Report of the Indian Hemp Drugs Commission, 1894-1895 - Volume VII
Year: 1894
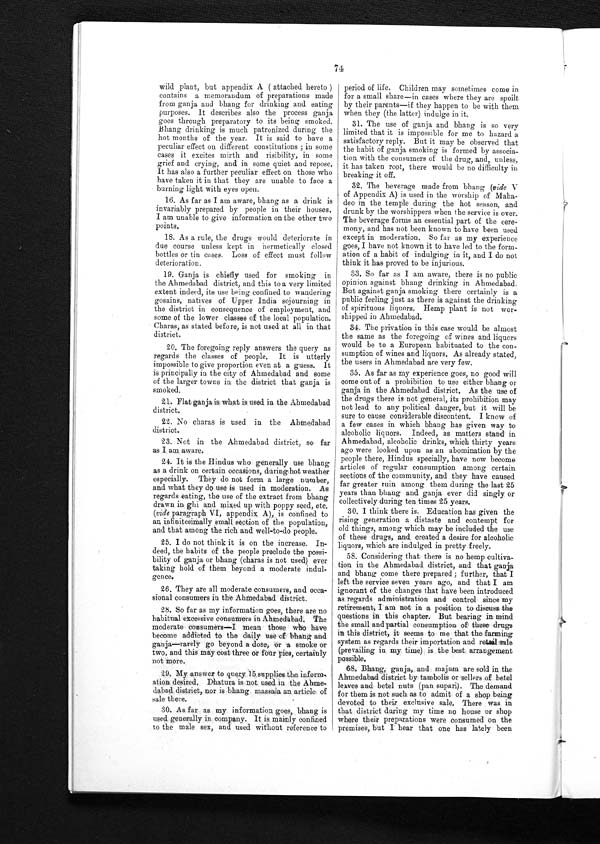
74
wild plant, but appendix A ( attached hereto )
contains a memorandum of preparations made
from ganja and bhang for drinking and eating
purposes. It describes also the process ganja
goes through preparatory to its being smoked.
Bhang drinking is much patronized during the
hot months of the year. It is said to have a
peculiar effect on different constitutions; in some
cases it excites mirth and risibility, in some
grief and crying, and in some quiet and repose.
It has also a further peculiar effect on those who
have taken it in that they are unable to face a
burning light with eyes open.
16. As far as I am aware, bhang as a drink is
invariably prepared by people in their houses.
I am unable to give information on the other two
points.
18. As a rule, the drugs would deteriorate in
due course unless kept in hermetically closed
bottles or tin cases. Loss of effect must follow
deterioration.
19. Ganja is chiefly used for smoking in
the Ahmedabad district, and this to a very limited
extent indeed, its use being confined to wandering
gosains, natives of Upper India sojourning in
the district in consequence of employment, and
some of the lower classes of the local population.
Charas, as stated before, is not used at all in that
district.
20.The foregoing reply answers the query as
regards the classes of people. It is utterly
impossible to give proportion even at a guess. It
is principally in the city of Ahmedabad and some
of the larger towns in the district that ganja is
smoked.
21. Flat ganja is what is used in the Ahmedabad
district.
22. No chums is used in the Ahmedabad
district.
23. Not in the Ahmedabad district, so far
as I am aware.
24. It is the Hindus who generally use bhang
as a drink on certain occasions, during hot weather
especially. They do not form a large number,
and what they do use is used in moderation, As
regards eating, the use of the extract from bhang
drawn in ghi and mixed up with poppy seed, etc.
(vide paragraph VI, appendix A), is confined to
an infinitesimally small section of the population,
and that among the rich and well-to-do people.
25. I do not think it is on the increase. In-
deed, the habits of the people preclude the possi-
bility of ganja or bhang (charas is not used) ever
taking hold of them beyond a moderate indul-
gence.
26. They are all moderate consumers, and occa
-sional consumers in the Ahmedabad district.
28. So far as my information goes, there are no
habitual excessive consumers in Ahmedabad. The
moderate consumers—I mean those who have
become addicted to the daily use of bhang and
ganja—rarely go beyond a dose, or a smoke or
two, and this may cost three or four pies, certainly
not more.
29. My answer to query 15 supplies the inform-
ation desired. Dhatura is not used in the Ahme-
dabad district, nor is bhang massala an article of
sale there.
30. As far as my information goes, bhang is
used generally company. It is mainly confined
to the male sex, and used without reference to
period of life. Children may sometimes come in
for a small share—in cases where they are spoilt
by their parents—if they happen to be with them
when they (the latter) indulge in it.
31. The use of ganja and bhang is so very
limited that it is impossible for me to hazard a
satisfactory reply. But it may be observed that
the habit of ganja smoking is formed by associa-
tion with the consumers of the drug, and, unless,
it has taken root, there would be no difficulty in
breaking it off.
32. The beverage made from bhang (vide V
of Appendix A) is used in the worship of Maha
-
deo in the temple during the hot season, and
drunk by the worshippers when the service is over.
The beverage forms an essential part of the cere-
mony, and has not been known to have been used
except in moderation. So far as my experience
goes, I have not known it to have led to the form
-ation of a habit of indulging in it, and I do not
think it has proved to be injurious.
33. So far as I am aware, there is no public
opinion against bhang drinking in Ahmedabad.
But against ganja smoking there certainly is a
public feeling just as there is against the drinking
of spirituous liquors. Hemp plant is not wor
-shipped in Ahmedabad.
34. The privation in this case would be almost
the same as the foregoing of wines and liquors
would be to a European habituated to the con
-
sumption of wines and liquors. As already stated,
the users in Ahmedabad are very few.
35. As far as my experience goes, no good will
come out of a prohibition to use either bhang or
ganja in the Ahmedabad district. As the use of
the drugs there is not general, its prohibition may
not lead to any political danger, but it will be
sure to cause considerable discontent. I know of
a few cases in which bhang has given way to
alcoholic liquors. Indeed, as matters stand in
Ahmedabad, alcoholic drinks, which thirty years
ago were looked upon as an abomination by the
people there, Hindus specially, have now become
articles of regular consumption among certain
sections of the community, and they have caused
far greater ruin among them during the last 25
years than bhang and ganja ever did singly or
collectively during ten times 25 years.
30. I think there is. Education has given the
rising generation a distaste and contempt for
old things, among which may be included the use
of these drugs, and created a desire for alcoholic
liquors, which are indulged in pretty freely.
58. Considering that there is no hemp cultiva-
tion in the Ahmedabad district, and that ganja
and bhang come there prepared ; further, that I
left the service seven years ago, and that I am
ignorant of the changes that have been introduced
as regards administration and control since my
retirement, I am not in a position to discuss the
questions in this chapter. But bearing in mind
the small and partial consumption of these drugs
in this district, it seems to me that the farming
system as regards their importation and retail sale
(prevailing in my time) is the best arrangement
possible.
68. Bhang, ganja, and majum are sold in the
Ahmedabad district by tambolis or sellers of betel
leaves and betel nuts (pan supari). The demand
for them is not such as to admit of a shop being
devoted to their exclusive sale. There was in
that district during my time no house or shop
where their preparations were consumed on the
premises, but I hear that one has lately been